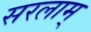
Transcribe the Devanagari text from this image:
सरलाम्